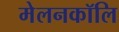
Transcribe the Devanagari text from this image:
मेलनकॉलि